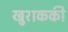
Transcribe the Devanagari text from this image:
खुराककी